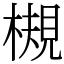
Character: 槻